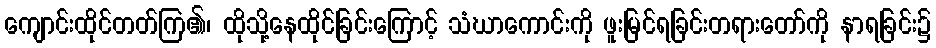
ကျောင်းထိုင်တတ်ကြ၏၊ ထိုသို့နေထိုင်ခြင်းကြောင့် သံဃာကောင်းကို ဖူးမြင်ရခြင်းတရားတော်ကို နာရခြင်း၌